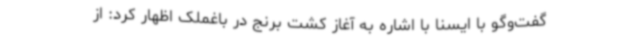
گفت‌وگو با ایسنا با اشاره به آغاز کشت برنج در باغملک اظهار کرد: از